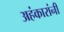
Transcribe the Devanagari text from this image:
अहंकारांनी